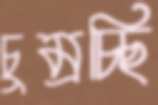
চুম্‌রচ্ছি